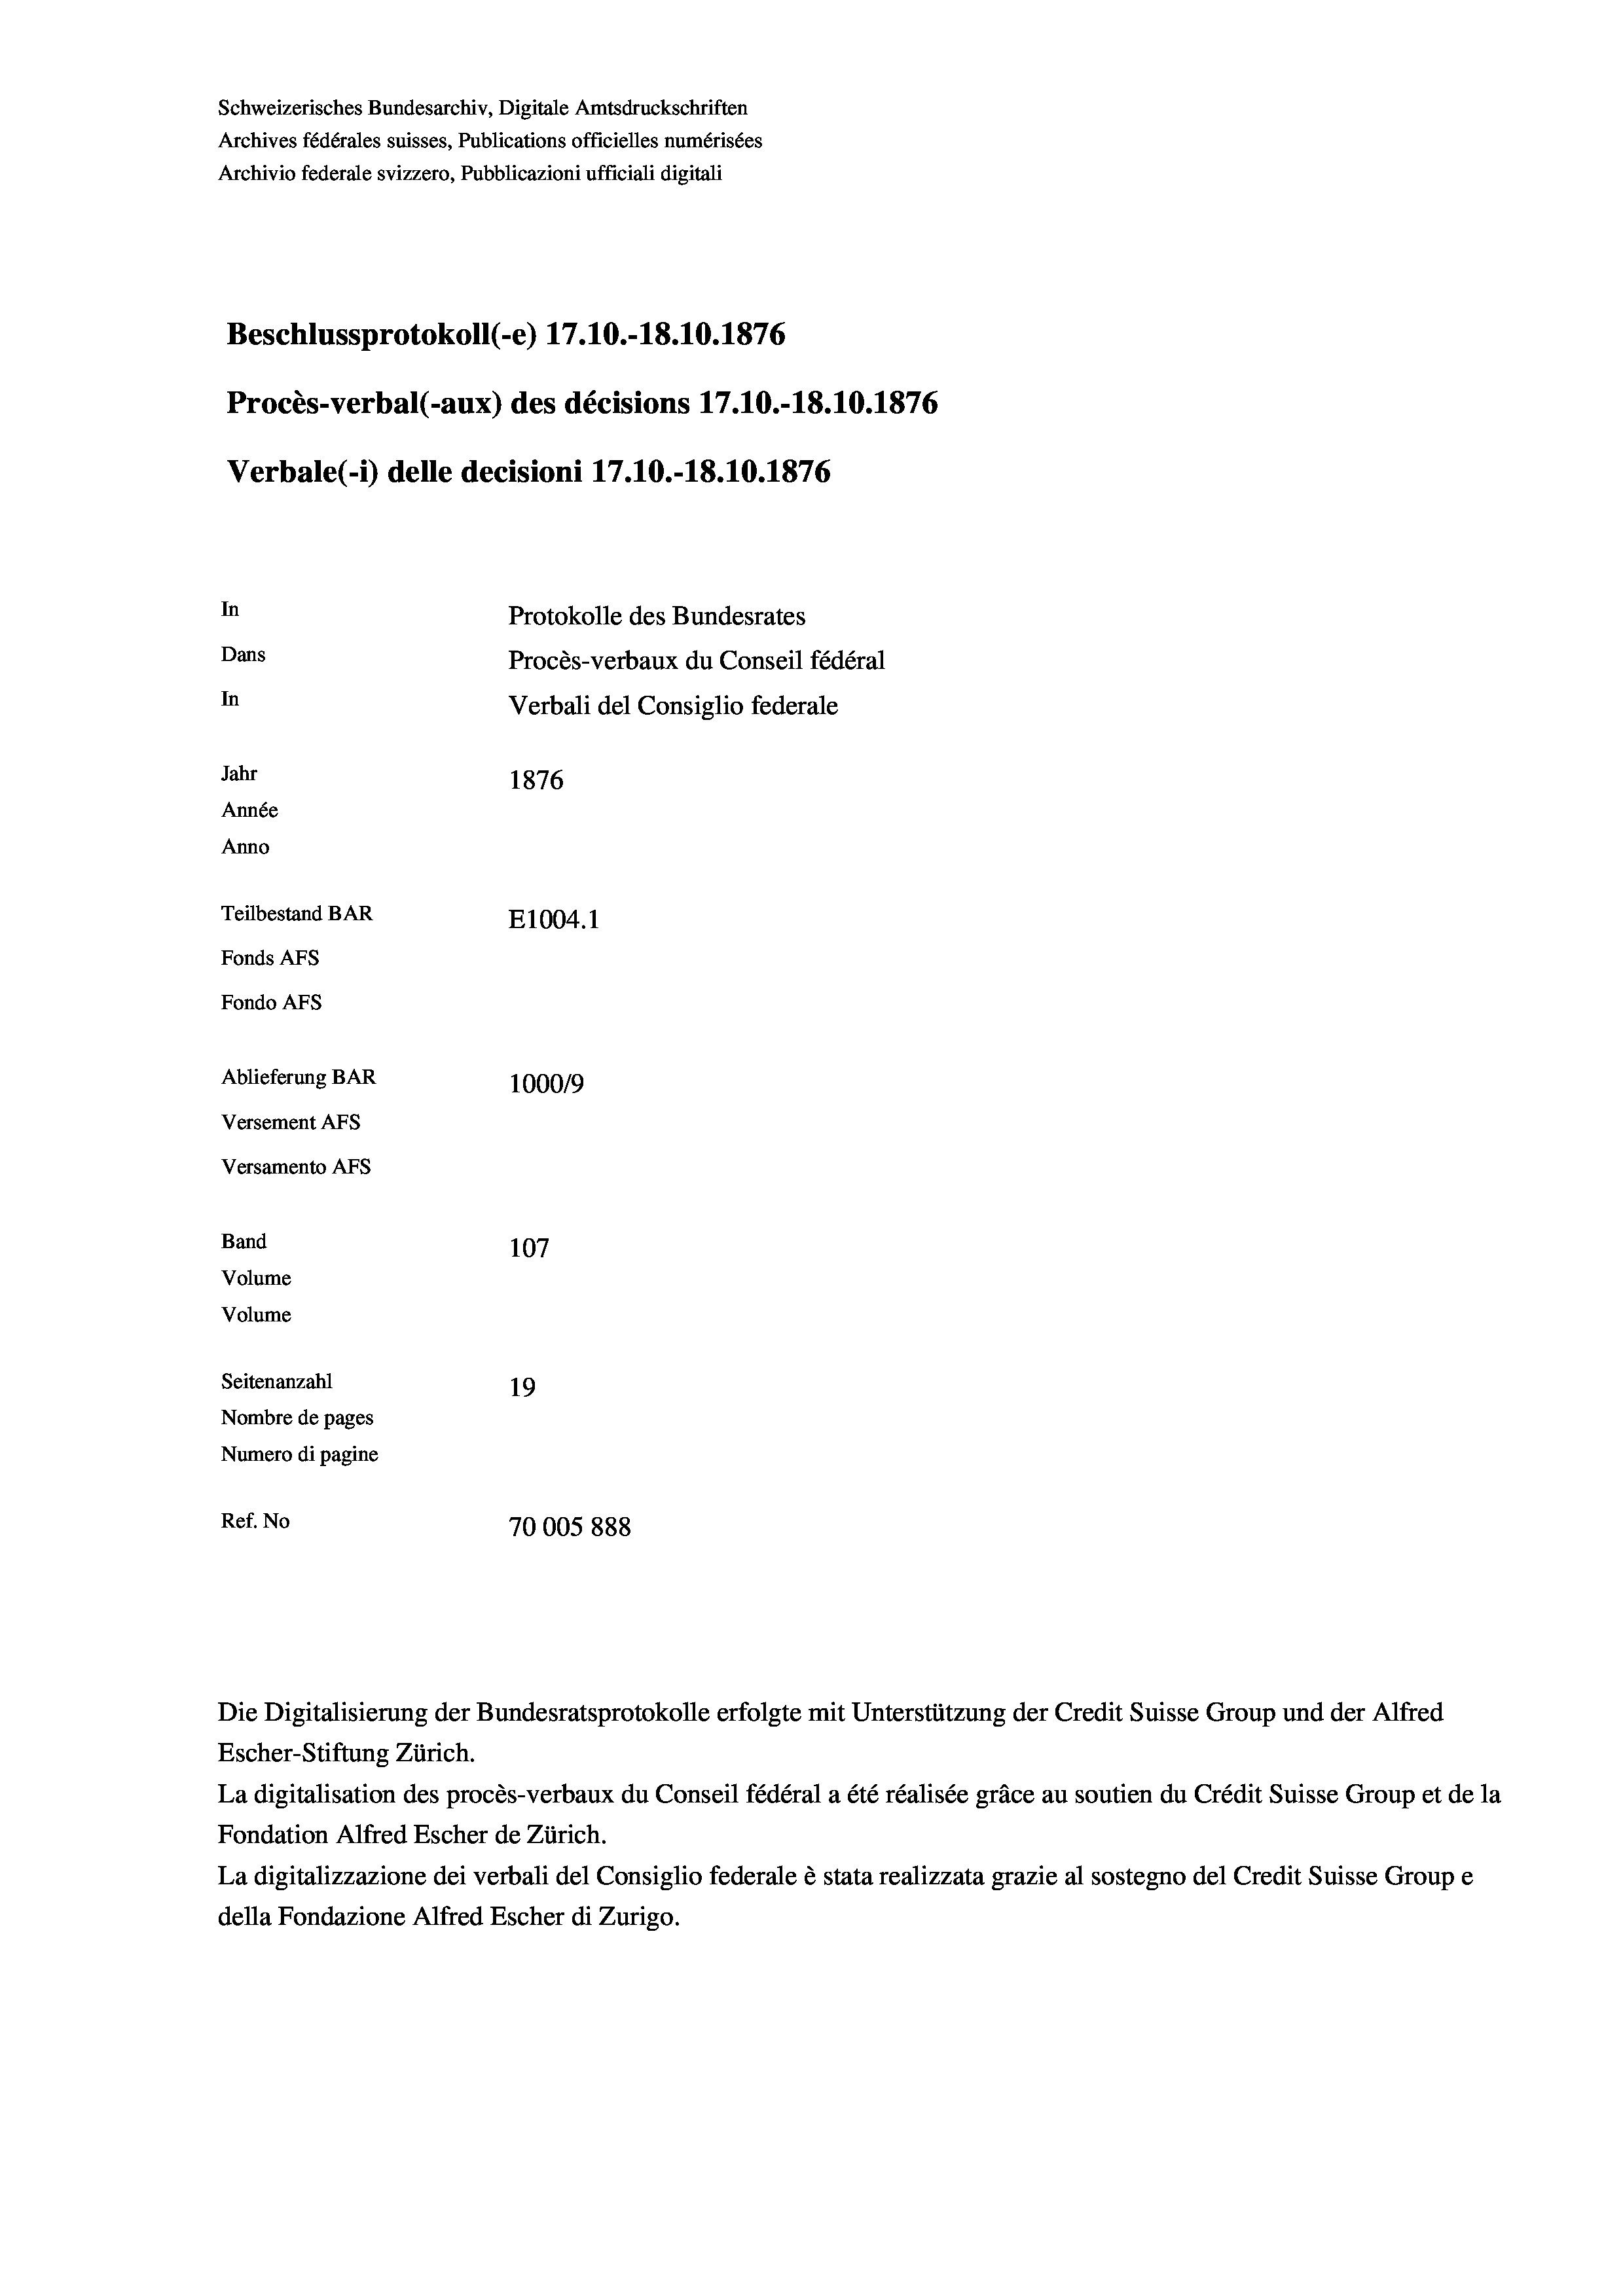
Schweizerisches Bundesarchiv, Digitale Amtsdruckschriften
Archives fédérales suisses, Publications officielles numérisées
Archivio federale svizzero, Pubblicazioni ufficiali digitali
Beschlussprotokoll (-e) 17.10.-18.10.1876
Procès-verbal (-aux) des décisions 17.10.-18.10.1876
Verbale(*) delle decisioni 17.10.-18.10.1876
In
Protokolle des Bundesrates
Dans
Procès-verbaux du Conseil fédéral
In
Verbali del Consiglio federale
Jahr
1876
Année
Anno
Teilbestand BAR
E1004.1
Fonds AFs
Fondo AFS
Ablieferung BAR
100019
Versement AFs
Versamento Afs
Band
107
Volume
Volume
Seitenanzahl
19
Nombre de pages
Numero di pagine
Ref. No
70005 888

Escher-Stiftung Zürich.
La digitalisation des procès-verbaux du Conseil fédéral a été réalisée gräce au soutien du Crédit Suisse Group et de la
Fondation Alfred Escher de Zürich.
La digitalizzazione dei verbali del Consiglio federale è stata realizzata grazie al sostegno del Credit Suisse Groupe
della Fondazione Alfred Escher di Zurigo.

Die Digitalisierung der Bundesratsprotokolle erfolgte mit Unterstützung der Credit Suisse Group und der Alfred